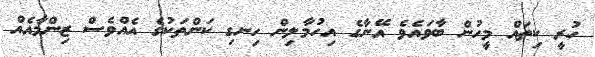
ހުރީ ކިތައް މީހުން ބާވައެވެ އޭނާގެ އިހުމާލިން ހިނގި ކަންތަކުގެ އެއްވެސް ޒިންމާއެއް